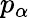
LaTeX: p_{\alpha}